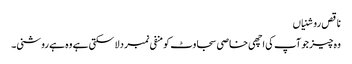
ناقص روشنیاں
وہ چیز جو آپ کی اچھی خاصی سجاوٹ کو منفی نمبر دلا سکتی ہے وہ ہے روشنی۔